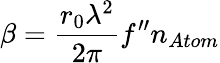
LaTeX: \beta={\frac{r_{0}\lambda^{2}}{2\pi}}f^{\prime\prime}n_{Atom}